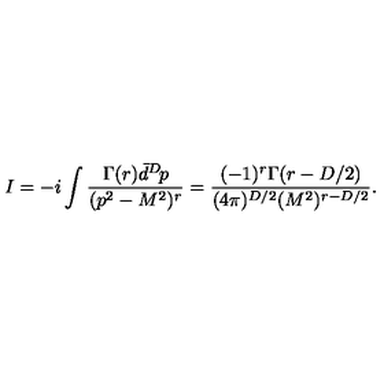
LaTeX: I = - i \int \frac { \Gamma ( r ) \bar { d } ^ { D } \! p } { ( p ^ { 2 } - M ^ { 2 } ) ^ { r } } = \frac { ( - 1 ) ^ { r } \Gamma ( r - D / 2 ) } { ( 4 \pi ) ^ { D / 2 } ( M ^ { 2 } ) ^ { r - D / 2 } } .